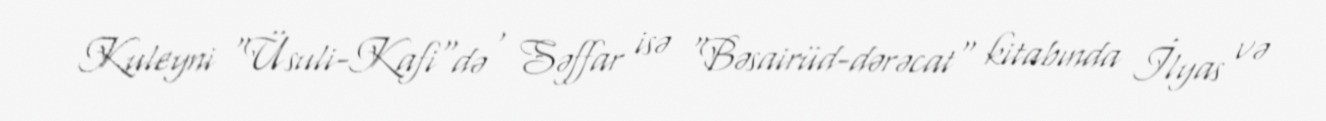
Kuleyni "Üsuli-Kafi"də , Səffar isə "Bəsairüd-dərəcat" kitabında İlyas və